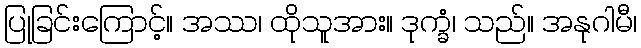
ပြုခြင်းကြောင့်။ အဿ၊ ထိုသူအား။ ဒုက္ခံ၊ သည်။ အနုဂါမီ၊